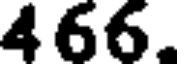
466.